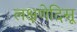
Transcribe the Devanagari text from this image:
लक्षणेदिसू